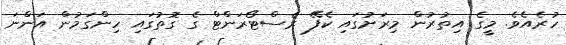
ހުރެއެވެ. މީގެ އިތުރުން މިރަށުގައި ކެފޭ ރެސްޓޯރަންޓް ގެ ގޮތުގައި ހިންގަމުން އަންނަ